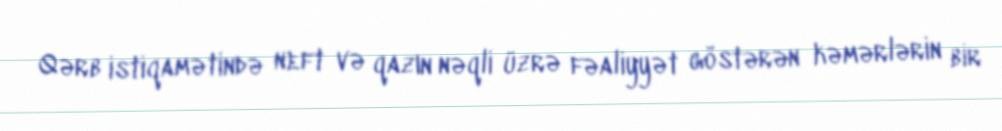
Qərb istiqamətində neft və qazın nəqli üzrə fəaliyyət göstərən kəmərlərin bir